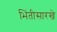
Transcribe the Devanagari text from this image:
भिंतीसारखे